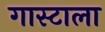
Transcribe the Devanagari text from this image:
गास्टाला